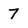
Character: 7